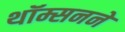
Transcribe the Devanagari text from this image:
थॉम्सनने